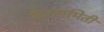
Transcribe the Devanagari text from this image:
कालमिती